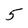
Character: 5